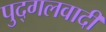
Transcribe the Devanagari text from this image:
पुद्गलवादी